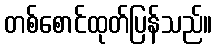
တစ်စောင်ထုတ်ပြန်သည်။